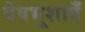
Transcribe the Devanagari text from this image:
वेषभूशाएँ